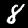
Label: 8